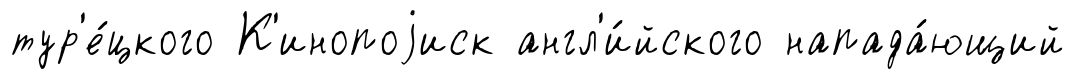
тур'е́цкого К'инопоjиск англ'и́йского напада́ющий